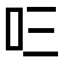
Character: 𭆻